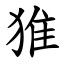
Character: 猚